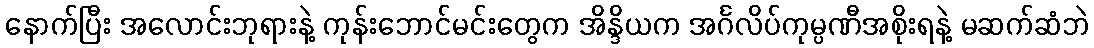
နောက်ပြီး အလောင်းဘုရားနဲ့ ကုန်းဘောင်မင်းတွေက အိန္ဒိယက အင်္ဂလိပ်ကုမ္ပဏီအစိုးရနဲ့ မဆက်ဆံဘဲ